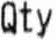
QTY